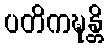
ပတိကဍ္ဎန္တိ